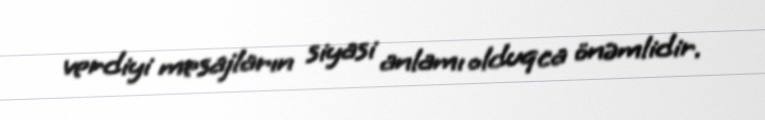
verdiyi mesajların siyasi anlamı olduqca önəmlidir.